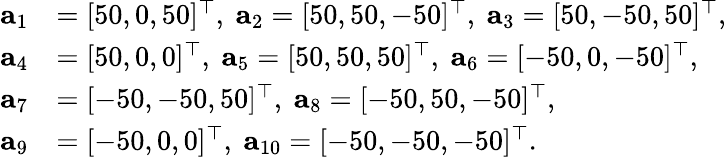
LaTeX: \begin{array}{rl}{{\mathbf a}_{1}}&{=[50,0,50]^{\top},~{\mathbf a}_{2}=[50,50,-50]^{\top},~{\mathbf a}_{3}=[50,-50,50]^{\top},}\\ {{\mathbf a}_{4}}&{=[50,0,0]^{\top},~{\mathbf a}_{5}=[50,50,50]^{\top},~{\mathbf a}_{6}=[-50,0,-50]^{\top},}\\ {{\mathbf a}_{7}}&{=[-50,-50,50]^{\top},~{\mathbf a}_{8}=[-50,50,-50]^{\top},}\\ {{\mathbf a}_{9}}&{=[-50,0,0]^{\top},~{\mathbf a}_{10}=[-50,-50,-50]^{\top}.}\end{array}